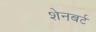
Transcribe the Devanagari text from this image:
शेनबर्ट